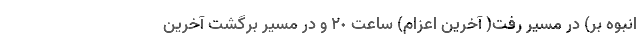
انبوه بر) در مسیر رفت( آخرین اعزام) ساعت ٢٠ و در مسیر برگشت آخرین